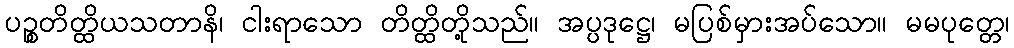
ပဉ္စတိတ္ထိယသတာနိ၊ ငါးရာသော တိတ္ထိတို့သည်။ အပ္ပဒုဋ္ဌေ၊ မပြစ်မှားအပ်သော။ မမပုတ္တေ၊